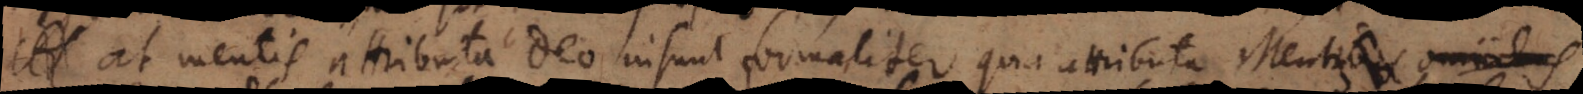
. At mentis attributa Deo insunt formaliter, quia attributa mentis